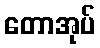
တောအုပ်